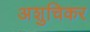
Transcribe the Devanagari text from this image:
अशुचिकर